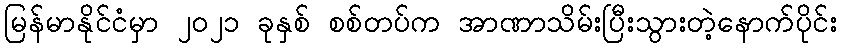
မြန်မာနိုင်ငံမှာ ၂၀၂၁ ခုနှစ် စစ်တပ်က အာဏာသိမ်းပြီးသွားတဲ့နောက်ပိုင်း